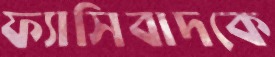
ফ্যাসিবাদকে